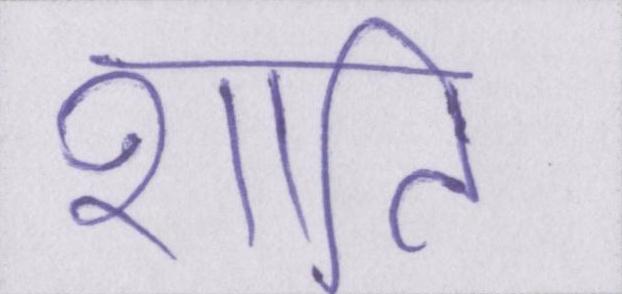
शाति